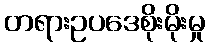
တရားဥပဒေစိုးမိုးမှု